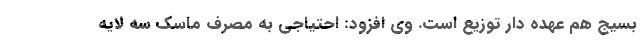
بسیج هم عهده دار توزیع است. وی افزود: احتیاجی به مصرف ماسک سه لایه